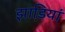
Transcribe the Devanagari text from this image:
झाडि़यां